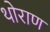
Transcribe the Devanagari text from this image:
थोराण